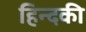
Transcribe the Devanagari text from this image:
हिन्दकी